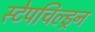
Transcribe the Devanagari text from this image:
स्टेपचिल्ड्रन